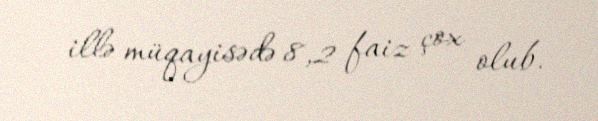
illə müqayisədə 8,2 faiz çox olub.